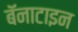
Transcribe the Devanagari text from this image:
बॅनाटाइन